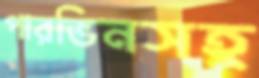
পারভিনসহ